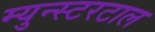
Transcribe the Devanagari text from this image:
म्युन्स्टरटाल